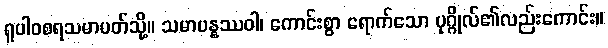
ရူပါဝစရသမာပတ်သို့။ သမာပန္နဿဝါ၊ ကောင်းစွာ ရောက်သော ပုဂ္ဂိုလ်၏လည်းကောင်း။